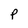
Character: P